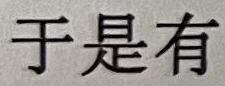
于是有